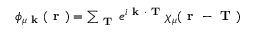
\begin{array} { r } { \phi _ { \mu \textbf { k } } ( \textbf { r } ) = \sum _ { \textbf { T } } e ^ { i \textbf { k } \cdot \textbf { T } } \chi _ { \mu } ( \textbf { r } - \textbf { T } ) } \end{array}